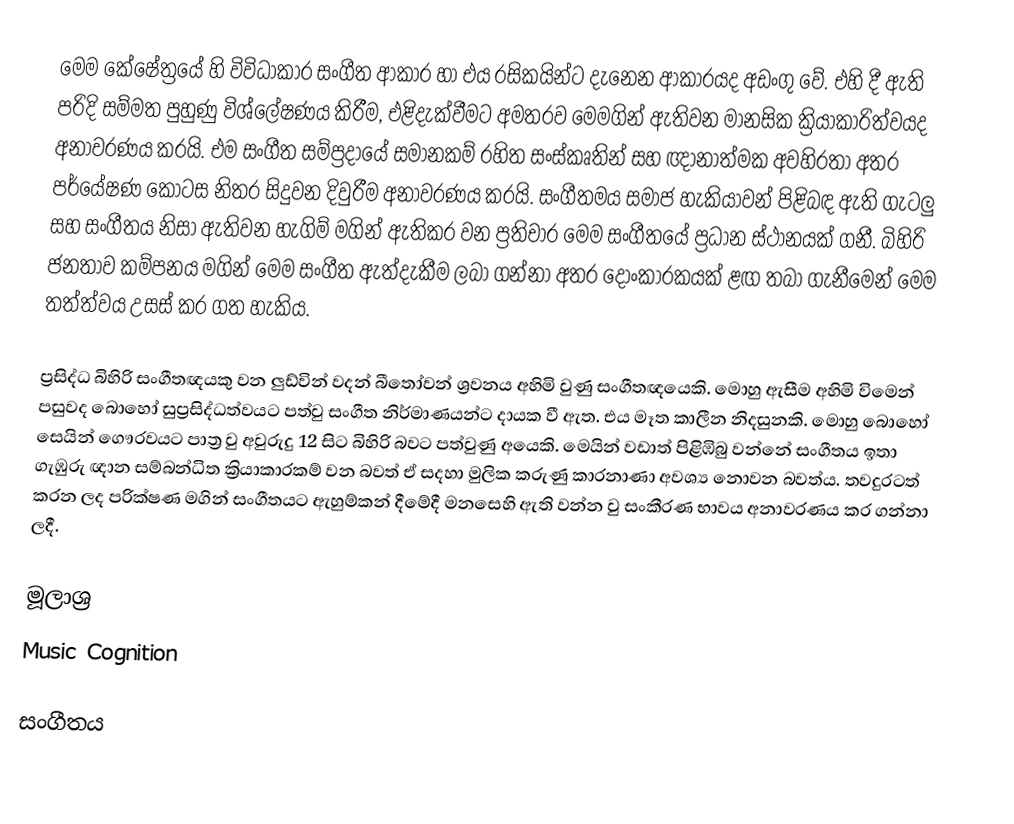
මෙම කේෂේත්‍රයේ හි විවිධාකාර සංගීත ආකාර හා එය රසිකයින්ට දැනෙන ආකාරයද අඩංගු වේ. එහි දී ඇති පරිදි සම්මත පුහුණු විශ්ලේෂණය කිරීම, එළිදැක්වීම‍ට අමතරව මෙමගින් ඇතිවන මානසික ක්‍රියාකාරිත්වයද අනාවරණය කරයි. එම සංගීත සම්ප්‍රදායේ සමානකම් රහිත සංස්කෘතින් සහ ඥානාත්මක අවහිරතා අතර පර්යේෂණ කොටස නිතර සිදුවන දිවුරීම අනාවරණය කරයි. සංගීතමය සමාජ හැකියාවන් පිළිබඳ ඇති ගැටලු සහ සංගීතය නිසා ඇතිවන හැගිම් මගින් ඇතිකර වන ප්‍රතිචාර මෙම සංගීතයේ ප්‍රධාන ස්ථානයක් ගනී. බිහිරි ජනතාව කම්පනය මගින් මෙම සංගීත ඇත්දැකීම ලබා ගන්නා අතර දෝංකාරකයක් ළඟ තබා ගැනීමෙන් මෙම තත්ත්වය උසස් කර ගත හැකිය.

ප්‍රසිද්ධ බිහිරි සංගීතඥයකු වන ලුඩ්වින් වදන් බීතෝවන් ශ්‍රවනය අහිමි වුණු සංගීතඥයෙකි. මොහු ඇසීම අහිමි විමෙන් පසුවද බොහෝ සුප්‍රසිද්ධත්වයට පත්වු සංගීත නිර්මාණයන්ට දායක වී ඇත. එය මෑත කාලීන නිදසුනකි. මොහු බොහෝ සෙයින් ගෞරවයට පාත්‍ර වු අවුරුදු 12 සිට බිහිරි බවට පත්වුණු අයෙකි. මෙයින් වඩාත් පිළිඹිබු වන්නේ සංගීතය ඉතා ගැඹුරු ඥාන සම්බන්ධිත ක්‍රියාකාරකම් වන බවත් ඒ සදහා මුලික කරුණු කාරනාණා අවශ්‍ය නොවන බවත්ය. තවදුරටත් කරන ලද පරික්ෂණ මගින් සංගීතයට ඇහුම්කන් දීමේදී මනසෙහි ඇති වන්න වු සංකීරණ භාවය අනාවරණය කර ගන්නා ලදී.

මූලාශ්‍ර
Music Cognition

සංගීතය